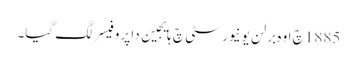
1885 چ اوہ برلن یونیورسٹی چ ہایجین دا پروفیسر لگ گیا۔